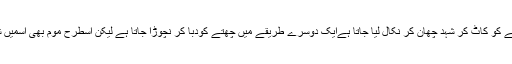
پھر شہد کے چھتّے کو کاٹ کر شہد چھان کر نکال لیا جاتا ہےایک دوسرے طریقے میں چھتّے کودبا کر نچوڑا جاتا ہے لیکن اسطرح موم بھی اسمیں شامل ہو جا تا ہے۔